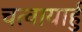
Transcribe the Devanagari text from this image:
चत्वायार्हु